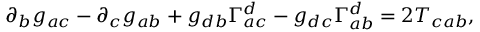
\partial _ { b } g _ { a c } - \partial _ { c } g _ { a b } + g _ { d b } \Gamma _ { a c } ^ { d } - g _ { d c } \Gamma _ { a b } ^ { d } = 2 T _ { c a b } ,